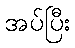
အပ်ပြီး